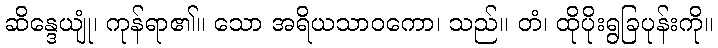
ဆိန္ဒေယျုံ၊ ကုန်ရာ၏။ သော အရိယသာဝကော၊ သည်။ တံ၊ ထိုပိုးရွခြပုန်းကို။